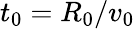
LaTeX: t_{0}=R_{0}/v_{0}